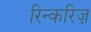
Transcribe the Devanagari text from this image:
रिन्करिज़